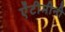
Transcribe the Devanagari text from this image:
ऐंटीमीनी